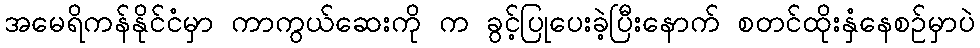
အမေရိကန်နိုင်ငံမှာ ကာကွယ်ဆေးကို က ခွင့်ပြုပေးခဲ့ပြီးနောက် စတင်ထိုးနှံနေစဉ်မှာပဲ